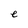
Character: e